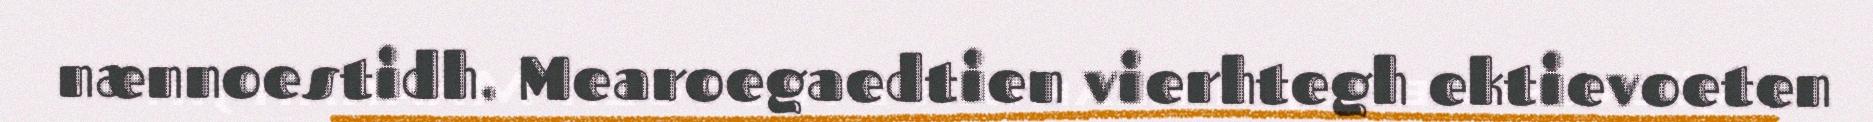
nænnoestidh. Mearoegaedtien vierhtegh ektievoeten